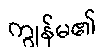
ကျွန်မ၏